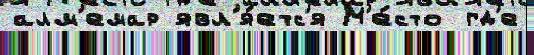
алм'емар явл'я́етс'я М'е́сто гд'е